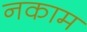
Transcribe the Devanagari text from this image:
नकाम